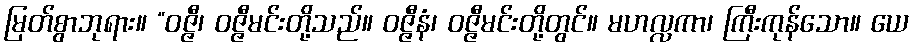
မြတ်စွာဘုရား။ “ဝဇ္ဇီ၊ ဝဇ္ဇီမင်းတို့သည်။ ဝဇ္ဇီနံ၊ ဝဇ္ဇီမင်းတို့တွင်။ မဟလ္လကာ၊ ကြီးကုန်သော။ ယေ